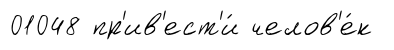
01048 пр'ив'ест'и́ челов'е́к